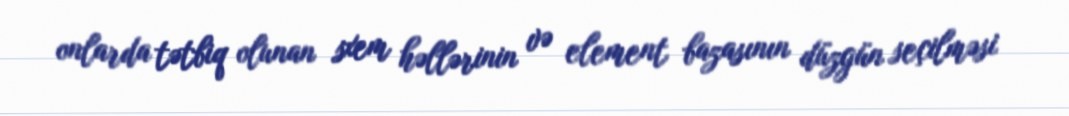
onlarda tətbiq olunan sxem həllərinin və element bazasının düzgün seçilməsi